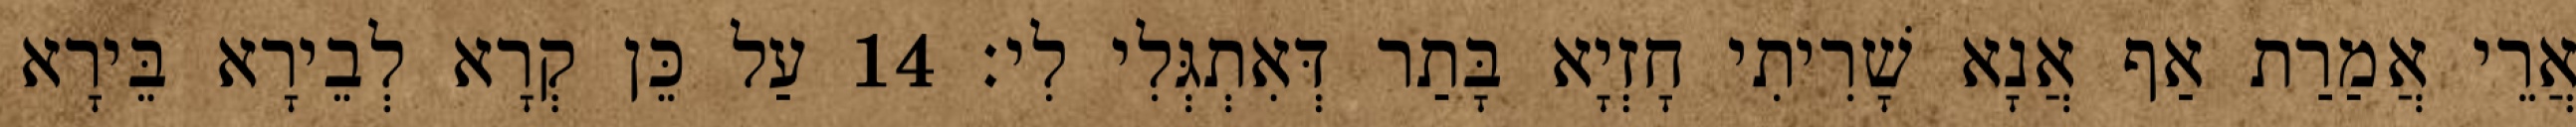
אֲרֵי אֲמַרַת אַף אֲנָא שָׁרִיתִי חָזְיָא בָּתַר דְּאִתְגְּלִי לִי׃ 14 עַל כֵּן קְרָא לְבֵירָא בֵּירָא